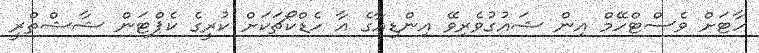
ހާޓަށް ވެސްޓްހޭމް އިން ޝައުގުވެރިވޭ އިންޑިއާގެ އާ ހެޑްކޯޗަކަށް ކުރީގެ ކެޕްޓަން ޝާޝްތްރީ